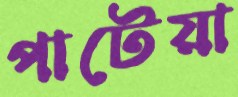
পাটেয়া